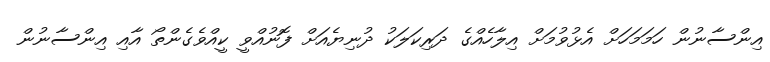
އިންސާނުން ހަމަމަހަށް އެޅުވުމަށް އިލާހެއްގެ ދަރިކަލަކު ދުނިޔެއަށް ފޮނުއްވީ ކީއްވެގެންތޯ އާއި އިންސާނުން